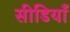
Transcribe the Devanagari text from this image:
सीडियाँ